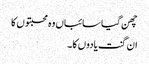
چھن گیا سائباں وہ محبتوں کا
ان گنت یادوں کا۔